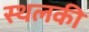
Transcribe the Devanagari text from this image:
स्‍थलकी